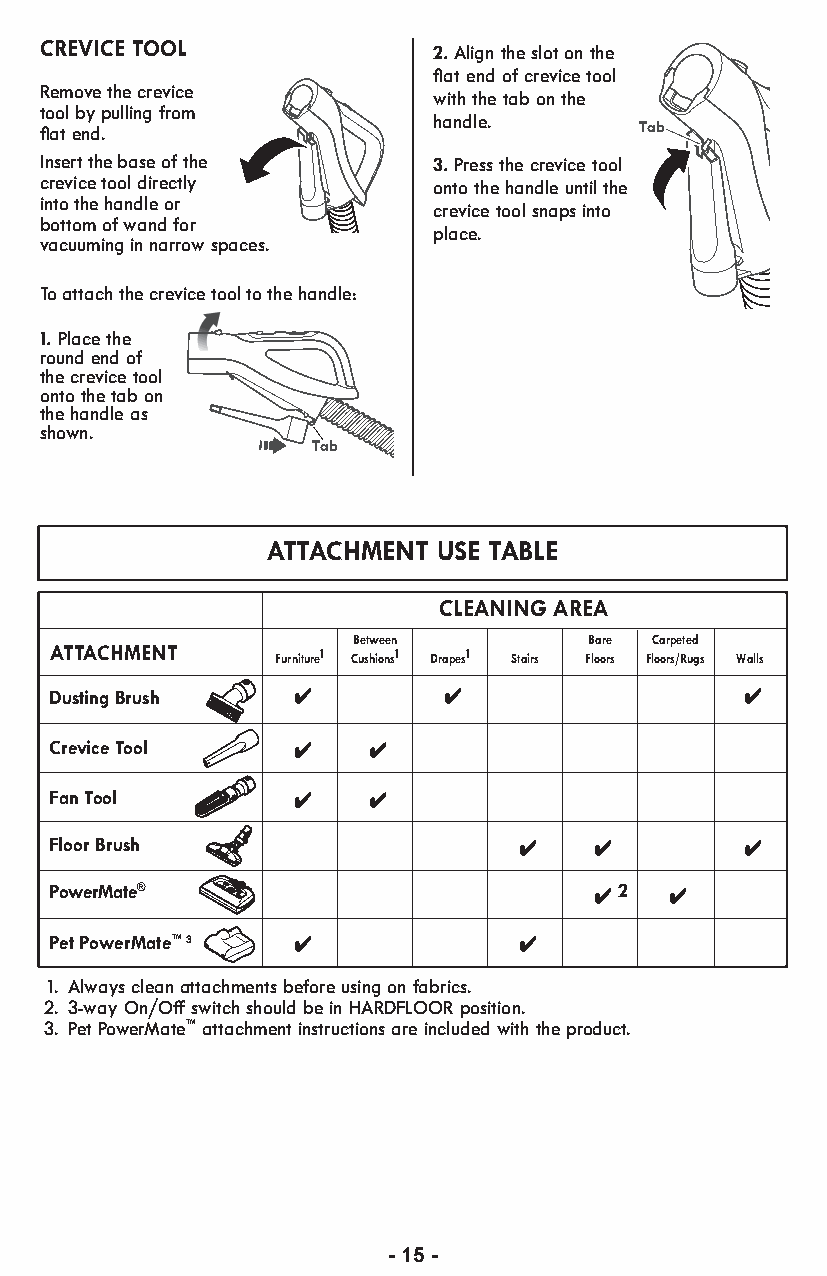
CREVICE TOOL
 2. Align the slot on the
 flat end of crevice tool
 Remove the crevice
 with the tab on the
 tool by pulling from
 handle.
 flat end.                              Tab
 Insert the base of the    3. Press the crevice tool
 crevice tool directly     onto the handle until the
 into the handle or
 crevice tool snaps into
 bottom of wand for
 place.
 vacuuming in narrow spaces.
 To attach the crevice tool to the handle:
 1.Place the
 round end of
 the crevice tool
 onto the tab on
 the handle as
 shown.
 Tab
 ATTACHMENT USE TABLE
 CLEANING AREA
 Between         Bare Carpeted
 ATTACHMENT     Furniture1 Cushions1 Drapes1 Stairs Floors Floors/Rugs Walls
 Dusting Brush
 Crevice Tool
 Fan Tool
 Floor Brush
 PowerMate®  TSUJDAEELDSNAEAHLERHSEUSRAEBLER 2
 Pet PowerMate™ 3
 1. Always clean attachments before using on fabrics.
 2. 3-way On/Off switch should be in HARDFLOOR position.
 3. Pet PowerMate™ attachment instructions are included with the product.
 - 15 -